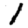
Digit: 1